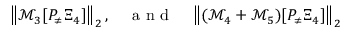
\begin{array} { r } { \left\| \mathcal { M } _ { 3 } [ P _ { \neq } \Xi _ { 4 } ] \right\| _ { 2 } , \quad \mathrm { ~ a ~ n ~ d ~ } \quad \left\| ( \mathcal { M } _ { 4 } + \mathcal { M } _ { 5 } ) [ P _ { \neq } \Xi _ { 4 } ] \right\| _ { 2 } } \end{array}